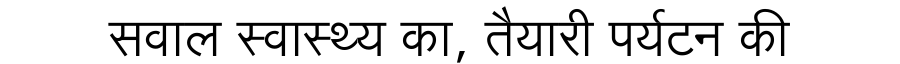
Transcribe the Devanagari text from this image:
सवाल स्वास्थ्य का, तैयारी पर्यटन की